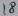
Text: 18